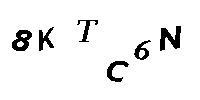
8KTC6N